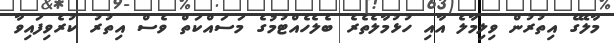
މާލޭގެ އިތުރުން ވިލިމާލެ އާއި ހުޅުމާލެތެރެ ބެލެހެއްޓުމުގެ މަސައްކަތް ވެސް އިތުރު ކުރެވިފައިވާ